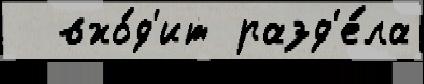
  вхо́д'ит разд'е́ла